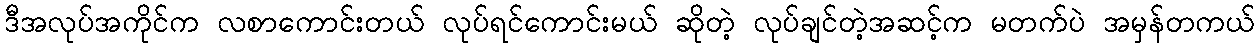
ဒီအလုပ်အကိုင်က လစာကောင်းတယ် လုပ်ရင်ကောင်းမယ် ဆိုတဲ့ လုပ်ချင်တဲ့အဆင့်က မတက်ပဲ အမှန်တကယ်